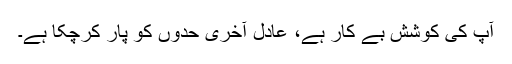
آپ کی کوشش بے کار ہے، عادل آخری حدوں کو پار کرچکا ہے۔